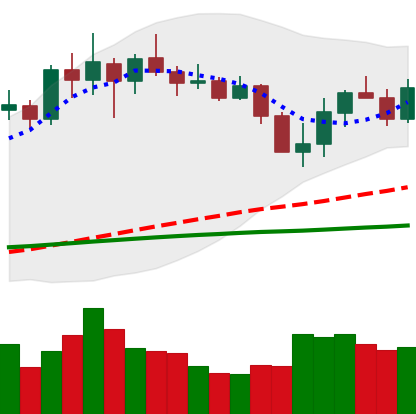
Ticker: LINK-USD
Chart end date: 2020-03-02
Forward return: 3.074%
Label: up_3_5